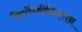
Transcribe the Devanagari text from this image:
फिटोरेमीडिएशन